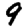
Digit: 9